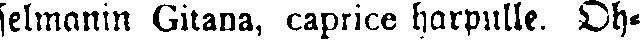
selmanin Gitana, caprice harpulle. Oh-